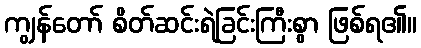
ကျွန်တော် စိတ်ဆင်းရဲခြင်းကြီးစွာ ဖြစ်ရ၏။